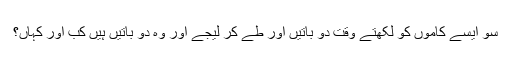
سو ایسے کاموں کو لکھتے وقت دو باتیں اور طے کر لیجے اور وہ دو باتیں ہیں کب اور کہاں؟